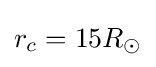
r_{c}=15R_{\odot }